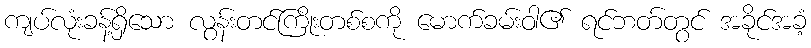
ကျပ်လုံးခန့်ရှိသော လွန်းတင်ကြိုးတစ်စကို မောက်ခမ်းဝါ၏ ရင်ဘတ်တွင် အခိုင်အခံ့